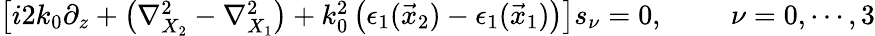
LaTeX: \begin{array}{r}{\left[i2k_{0}\partial_{z}+\left(\nabla_{X_{2}}^{2}-\nabla_{X_{1}}^{2}\right)+k_{0}^{2}\left(\epsilon_{1}(\vec{x}_{2})-\epsilon_{1}(\vec{x}_{1})\right)\right]s_{\nu}=0,\, \, \, \, \, \, \, \, \, \, \, \, \, \, \nu=0,\cdots,3}\end{array}